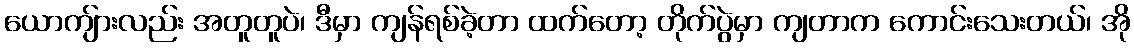
ယောကျ်ားလည်း အတူတူပဲ၊ ဒီမှာ ကျန်ရစ်ခဲ့တာ ထက်တော့ တိုက်ပွဲမှာ ကျတာက ကောင်းသေးတယ်၊ အို